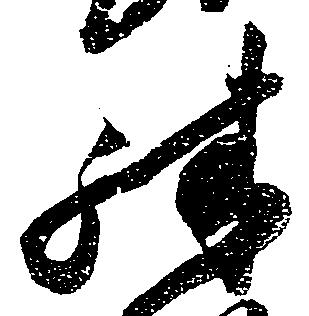
殊